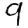
Digit: 9